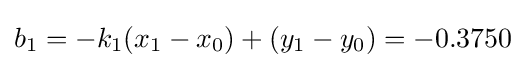
b_{1}=-k_{1}(x_{1}-x_{0})+(y_{1}-y_{0})=-0.3750